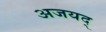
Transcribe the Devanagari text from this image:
अजयद्